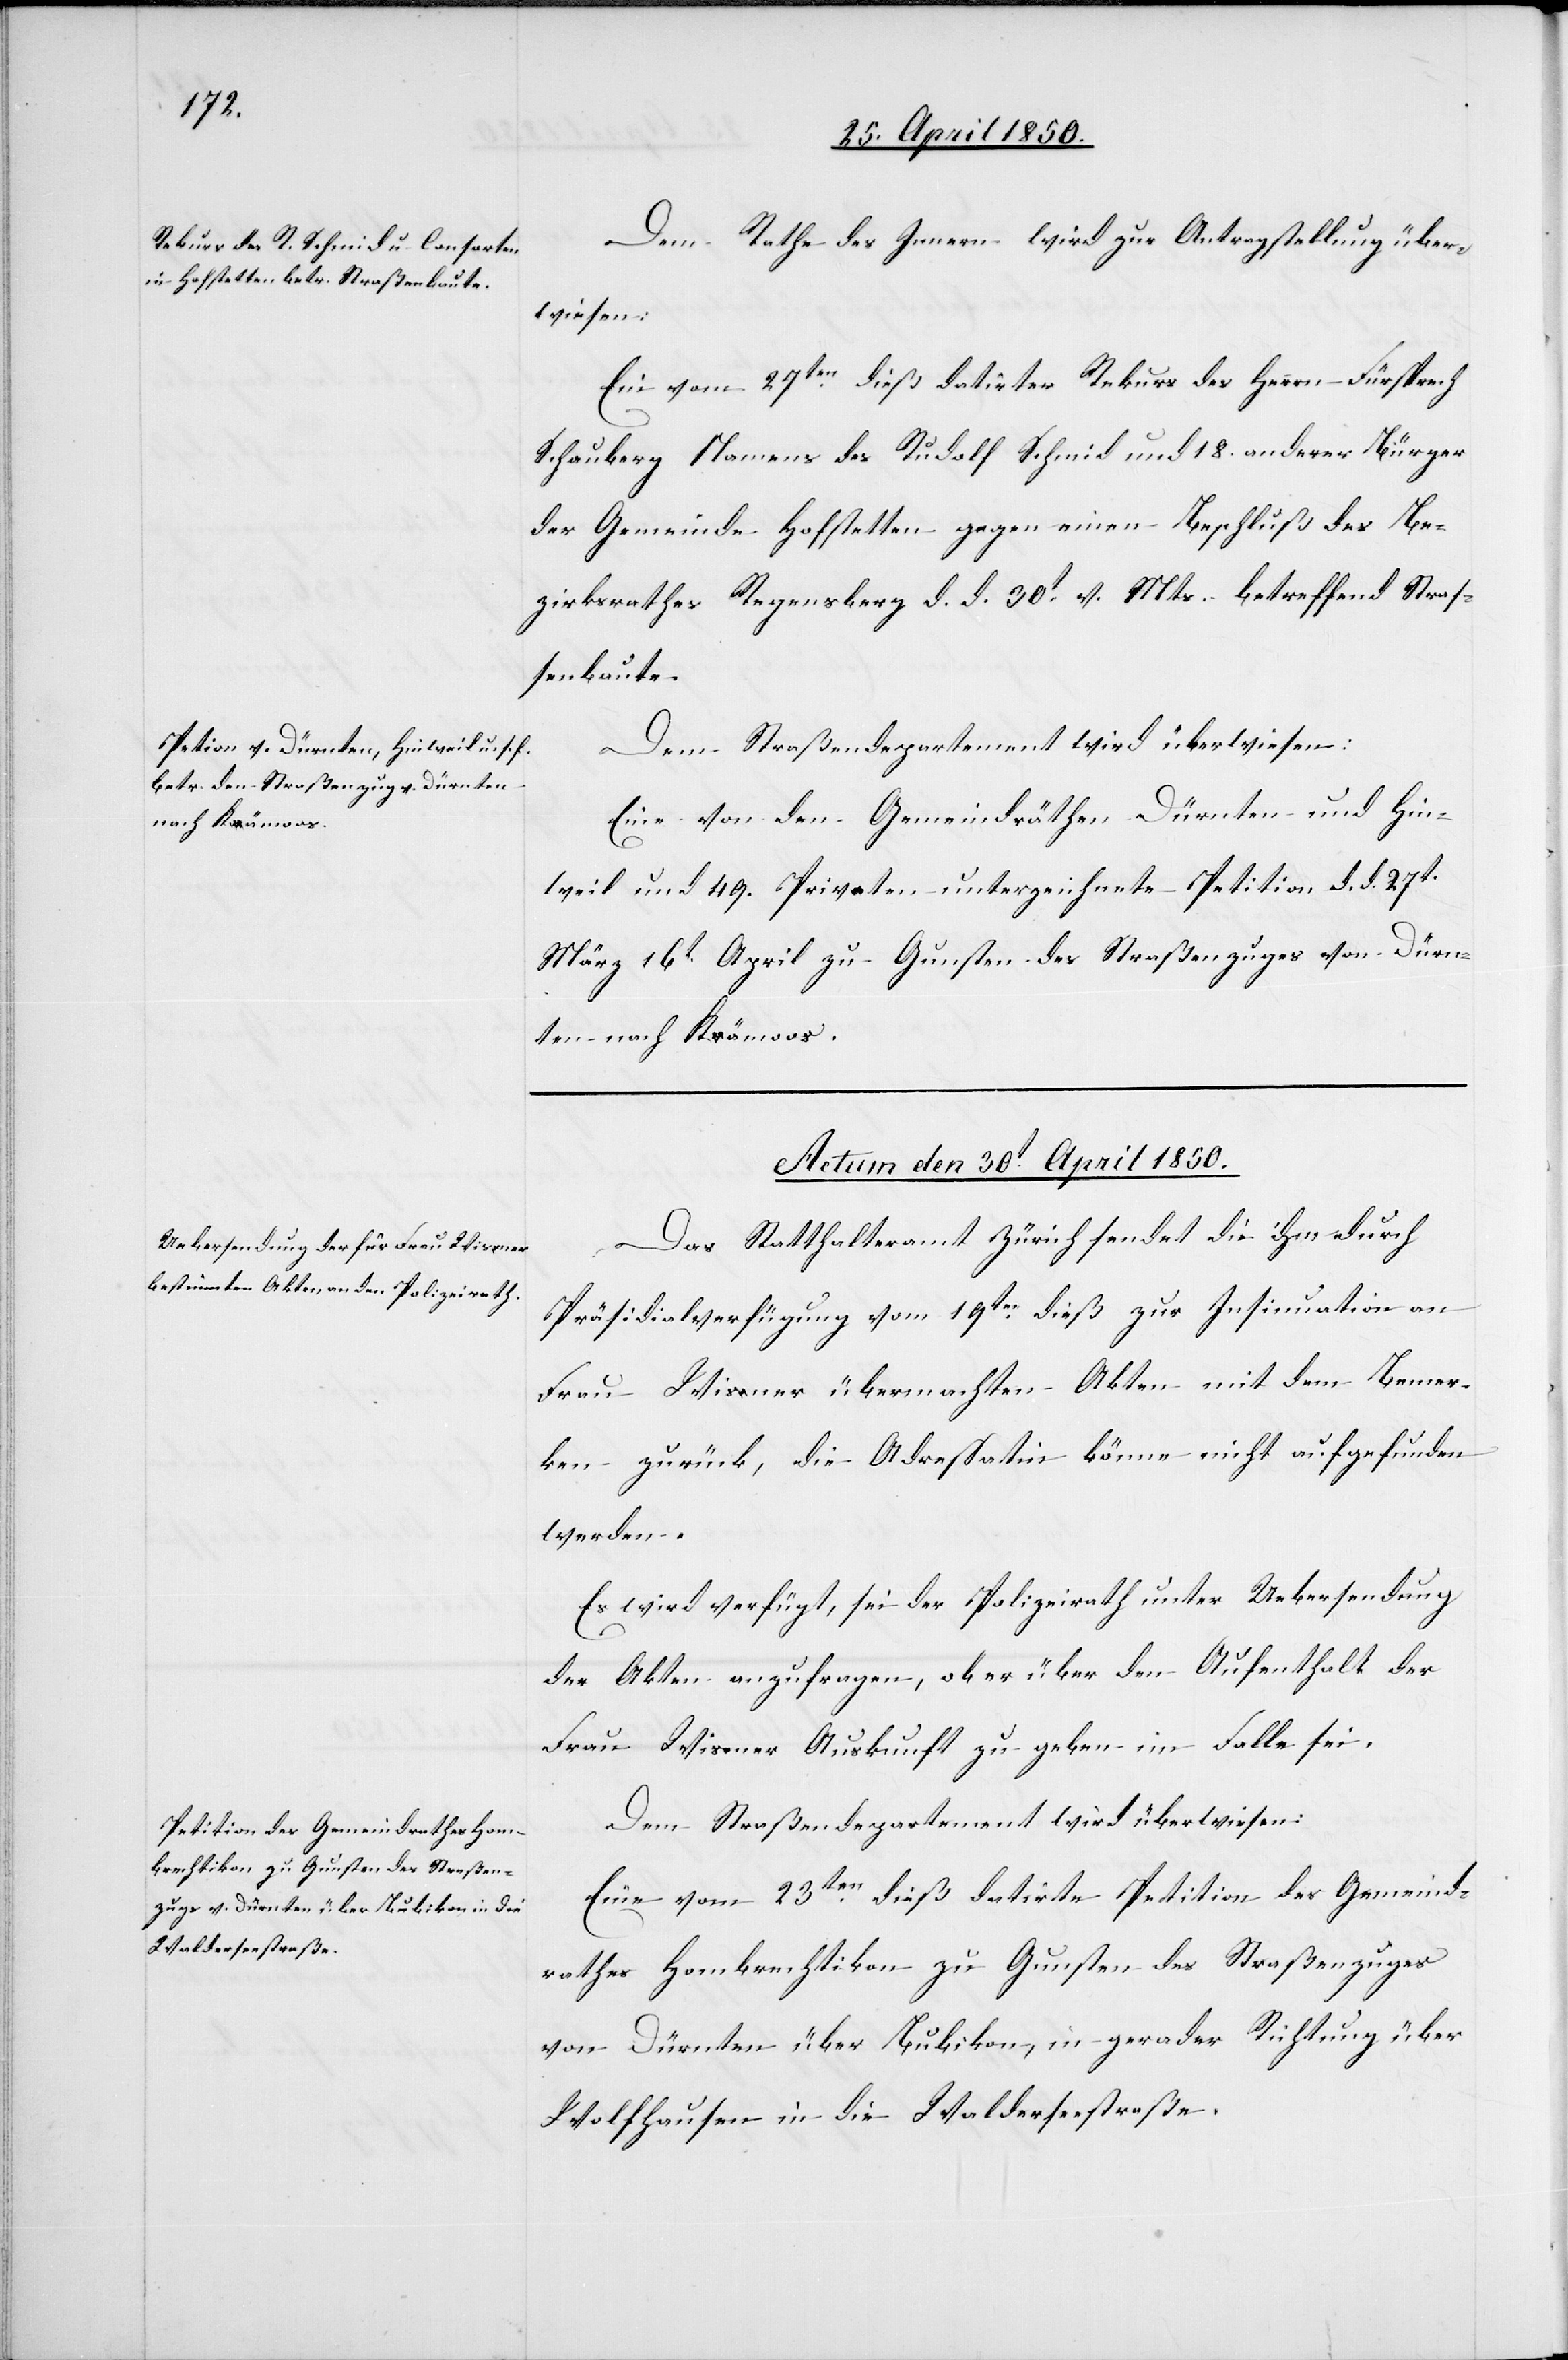
Dem Rathe des Innern wird zur Antragstellung über¬
wiesen:
Ein vom 27ten dieß datirter Rekurs des Herrn Fürsprech
Schauberg Namens des Rudolf Schmid und 18. anderer Bürger
der Gemeinde Hofstetten gegen einen Beschluß des Be¬
zirksrathes Regensberg d. d. 30t v. Mts. betreffend Straß¬
enbaute.
Dem Straßendepartement wird überwiesen:
Eine von den Gemeindräthen Dürnten und Hin¬
weil und 49. Privaten unterzeichnete Petition d. d. 27t
März[/]16t April zu Gunsten des Straßenzuges von Dürn¬
ten nach Kämoos.
Actum den 30t April 1850.]
Das Statthalteramt Zürich sendet die ihm durch
Präsidialverfügung vom 19ten dieß zur Insinuation an
Frau Wisner übermachten Akten mit dem Bemer¬
ken zurück, die Adressatin könne nicht aufgefunden
werden.
Es wird verfügt, sei der Polizeirath unter Uebersendung
der Akten anzufragen, ob er über den Aufenthalt der
Frau Wisner Auskunft zu geben im Falle sei.
Dem Straßendepartement wird überwiesen:
Eine vom 23ten dieß datirte Petition des Gemeind¬
rathes Hombrechtikon zu Gunsten des Straßenzuges
von Dürnten über Bubikon, in gerader Richtung über
Wolfhausen in die Walderseestraße.